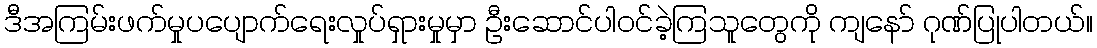
ဒီအကြမ်းဖက်မှုပပျောက်ရေးလှုပ်ရှားမှုမှာ ဦးဆောင်ပါဝင်ခဲ့ကြသူတွေကို ကျနော် ဂုဏ်ပြုပါတယ်။